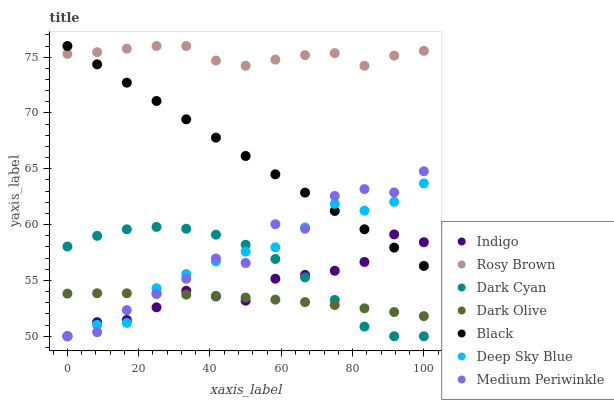
| xaxis_label | Indigo | Rosy Brown | Dark Cyan | Dark Olive | Black | Deep Sky Blue | Medium Periwinkle |
 | --- | --- | --- | --- | --- | --- | --- | --- |
 | 0 | 50 | 75.3 | 58 | 53.8 | 76 | 50 | 50 |
 | 8.33 | 51.3 | 75.4 | 59 | 53.9 | 74.4 | 51 | 50.4 |
 | 16.7 | 51.5 | 75.8 | 59.6 | 53.8 | 72.7 | 51.2 | 52.3 |
 | 25 | 52.6 | 76 | 59.8 | 53.8 | 71.1 | 54.3 | 53.8 |
 | 33.3 | 54.1 | 76 | 59.6 | 53.7 | 69.4 | 55.6 | 55.2 |
 | 41.7 | 53.6 | 74.7 | 59.1 | 53.6 | 67.8 | 56.7 | 57 |
 | 50 | 53.2 | 74.2 | 58.2 | 53.5 | 66.1 | 57.6 | 56.6 |
 | 58.3 | 55.2 | 74.8 | 56.9 | 53.3 | 64.5 | 58 | 60 |
 | 66.7 | 55.5 | 75.2 | 55.3 | 53.1 | 62.9 | 59.7 | 59.6 |
 | 75 | 55.9 | 75.4 | 53.3 | 52.8 | 61.2 | 61.9 | 62.6 |
 | 83.3 | 56.7 | 74.2 | 50.9 | 52.5 | 59.6 | 61.3 | 63.2 |
 | 91.7 | 59.1 | 75.1 | 50 | 52.2 | 57.9 | 62 | 62.9 |
 | 100 | 58.4 | 75.6 | 50 | 51.8 | 56.3 | 63.7 | 64.8 |